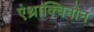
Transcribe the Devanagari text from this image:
एंथ्राक्विनोन